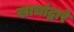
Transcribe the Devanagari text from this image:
खाचांद्वारे